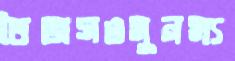
তৈজসওমুনম্য